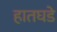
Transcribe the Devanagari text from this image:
हातघडे